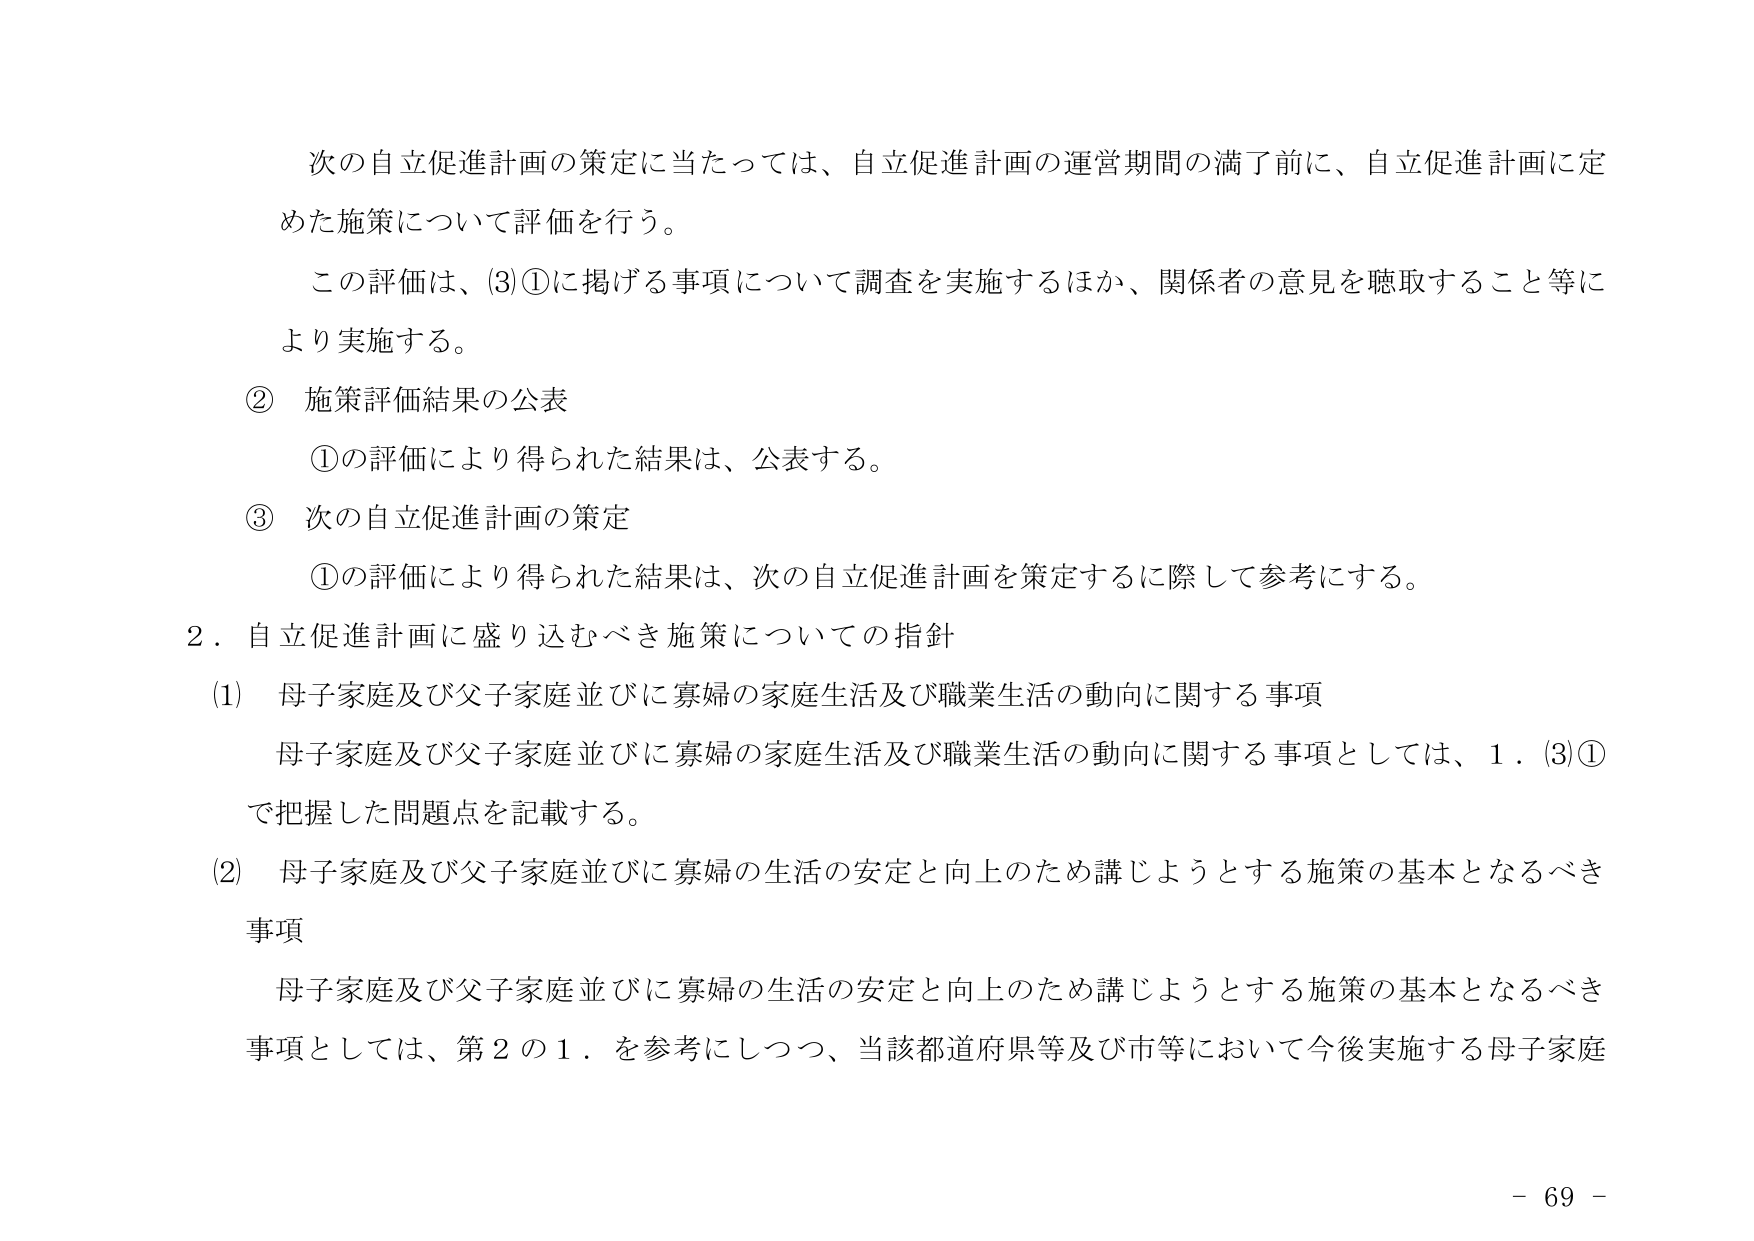
次の自立促進計画の策定に当たっては、自立促進計画の運営期間の満了前に、自立促進計画に定めた施策について評価を行う。

この評価は、(3)①に掲げる事項について調査を実施するほか、関係者の意見を聴取すること等により実施する。

② 施策評価結果の公表
　①の評価により得られた結果は、公表する。

③ 次の自立促進計画の策定
　①の評価により得られた結果は、次の自立促進計画を策定するに際して参考にする。

2．自立促進計画に盛り込むべき施策についての指針

(1) 母子家庭及び父子家庭並びに寡婦の家庭生活及び職業生活の動向に関する事項
　母子家庭及び父子家庭並びに寡婦の家庭生活及び職業生活の動向に関する事項としては、1．(3)①で把握した問題点を記載する。

(2) 母子家庭及び父子家庭並びに寡婦の生活の安定と向上のため講じようとする施策の基本となるべき事項
　母子家庭及び父子家庭並びに寡婦の生活の安定と向上のため講じようとする施策の基本となるべき事項としては、第2の1．を参考にしつつ、当該都道府県等及び市等において今後実施する母子家庭

- 69 -